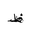
Letter: _da